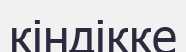
кіндікке